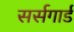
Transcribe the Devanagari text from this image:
सर्सगार्ड